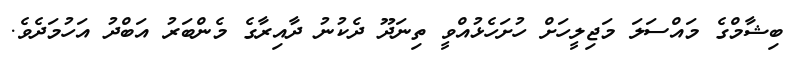
ބިޝާމްގެ މައްސަލަ މަޖިލީހަށް ހުށަހެޅުއްވީ ތިނަދޫ ދެކުނު ދާއިރާގެ މެންބަރު އަބްދު އަހުމަދެވެ.